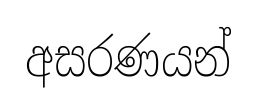
අසරණයන්